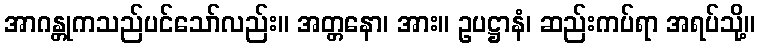
အာဂန္တုကသည်ပင်သော်လည်း။ အတ္တနော၊ အား။ ဥပဋ္ဌာနံ၊ ဆည်းကပ်ရာ အရပ်သို့။